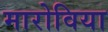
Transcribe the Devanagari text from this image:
मारोविया